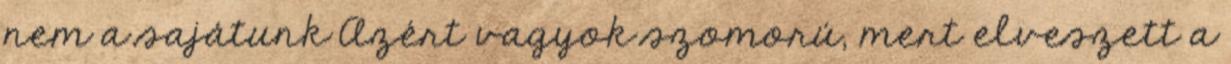
nem a sajátunk Azért vagyok szomorú, mert elveszett a